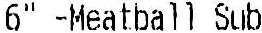
6" -MEATBALL SUB